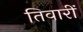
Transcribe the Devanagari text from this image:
तिवारीं